Lunatic asylums in Bengal annual reports 1899-1911 - 1899-1911
Year: 1899
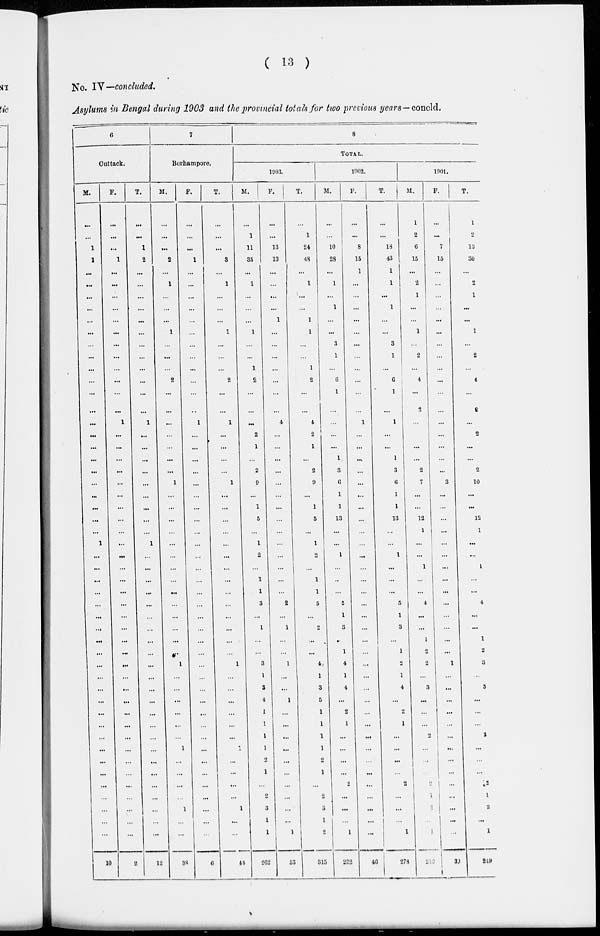
( 13 )
No. IV—concluded.
Asylums in Bengal during 1903 and the provincial totals for two previous years — concld.
6
Cuttack.
M.
...
...
1
1
...
...
...
...
...
...
...
...
...
...
...
...
...
...
...
...
...
...
...
...
...
...
1
...
...
...
...
...
...
...
...
...
...
...
...
...
...
...
...
...
...
...
...
...
...
...
...
10
F.
...
...
...
1
...
...
...
...
...
...
...
...
...
...
...
...
1
...
...
...
...
...
...
...
...
...
...
...
...
...
...
...
...
...
...
...
...
...
...
...
...
...
...
...
...
...
...
...
...
...
...
2
T.
...
...
1
2
...
...
...
...
...
...
...
...
...
...
...
1
...
...
...
...
...
...
...
...
...
1
...
...
...
...
...
...
...
...
...
...
...
...
...
...
...
...
...
...
...
...
...
...
...
...
12
7
Berhampore.
M.
...
...
...
2
...
1
...
...
...
1
...
...
...
2
...
...
...
...
...
...
...
1
...
...
...
...
...
...
...
...
...
...
...
...
...
...
1
...
...
...
...
...
...
1
...
...
...
...
1
...
...
38
F.
...
...
...
1
...
...
...
...
...
...
...
...
...
...
...
...
1
...
...
...
...
...
...
...
...
...
...
...
...
...
...
...
...
...
...
...
...
...
...
...
...
...
...
...
...
...
...
...
...
...
...
6
T.
...
...
...
3
...
1
...
...
...
1
...
...
...
2
...
...
1
...
...
...
...
1
...
...
...
...
...
...
...
...
...
...
...
...
...
...
1
...
...
...
...
...
...
1
...
...
...
...
1
...
...
44
8
TOTAL.
1903.
M.
...
1
11
35
...
1
...
...
...
1
...
...
1
2
...
...
...
2
1
...
2
9
...
1
5
...
1
2
...
1
1
3
...
1
...
...
3
1
3
4
1
1
1
1
2
1
...
2
3
1
1
262
F.
...
...
13
13
...
...
...
...
1
...
...
...
...
...
...
...
4
...
...
...
...
...
...
...
...
...
...
...
...
...
...
2
...
1
...
...
1
...
...
1
...
...
...
...
...
...
...
...
...
...
1
53
T.
...
1
24
48
...
1
...
...
1
1
...
...
1
2
...
...
4
2
1
...
2
9
...
1
5
...
1
2
...
1
1
5
...
2
...
...
4
1
3
5
1
1
1
1
2
1
...
2
3
1
2
315
1902.
M.
...
...
10
28
...
1
...
1
...
...
3
1
...
6
1
...
...
...
...
1
3
6
1
1
13
...
...
1
...
...
...
5
1
3
...
1
4
1
4
...
2
1
...
...
...
...
2
...
...
...
1
232
F.
...
...
8
15
1
...
...
...
...
...
...
...
...
...
...
...
1
...
...
...
...
...
...
...
...
...
...
...
...
...
...
...
...
...
...
...
...
...
...
...
...
...
...
...
...
...
...
...
...
...
...
46
T.
...
...
18
43
1
1
...
1
...
...
3
1
...
6
1
...
1
...
...
1
3
6
1
1
13
...
...
1
...
...
...
5
1
3
...
1
4
1
4
...
2
1
...
...
...
...
2
...
...
...
1
278
1901.
M.
1
2
6
15
...
2
1
...
...
1
...
2
...
4
...
2
...
2
...
...
2
7
...
...
12
1
...
...
1
...
...
4
...
...
1
2
2
...
3
...
...
...
2
...
...
...
2
1
2
...
1
210
F.
...
...
7
15
...
...
...
...
...
...
...
...
...
...
...
...
...
...
...
...
...
3
...
...
...
...
...
...
...
...
...
...
...
...
...
...
1
...
...
...
...
...
...
...
...
...
...
...
...
...
...
30
T.
1
2
13
30
...
2
1
...
...
1
...
2
...
4
...
2
...
2
...
...
2
10
...
...
12
1
...
...
1
...
...
4
...
...
1
2
3
...
3
...
...
...
2
...
...
...
2
1
2
...
1
249